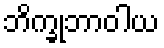
ဘိက္ခုဘာဝါယ